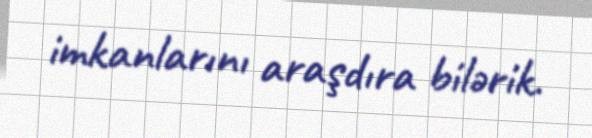
imkanlarını araşdıra bilərik.